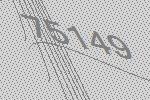
75149